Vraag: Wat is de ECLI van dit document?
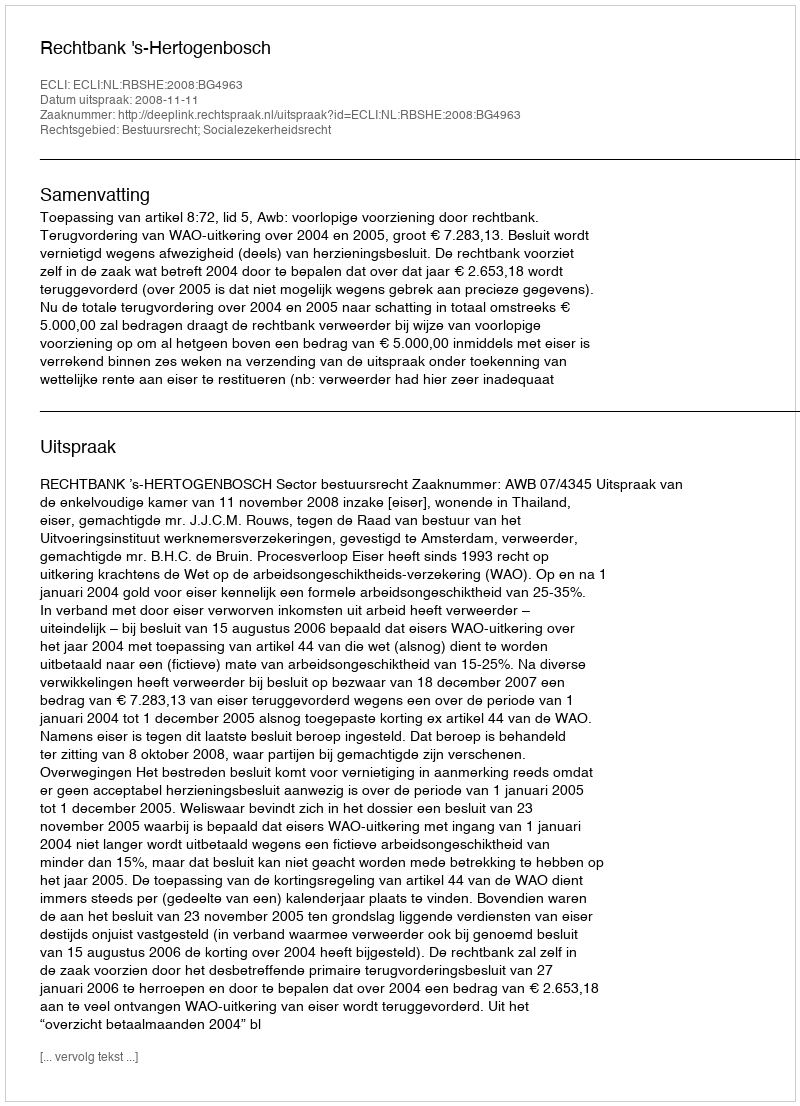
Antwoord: ECLI:NL:RBSHE:2008:BG4963